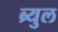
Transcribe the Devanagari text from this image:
ब्र्युल